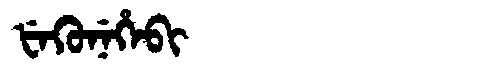
Manchu: ᡶᡝᡴᡠᠨᡝᡥᡝᠪᡳ
Romanization: FEKUNEHEBI